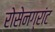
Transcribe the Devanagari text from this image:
रोसेनग्रांट